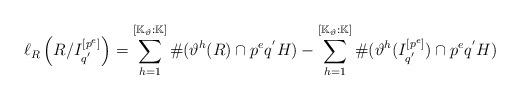
LaTeX: \begin{align*}\ell_{R}\left(R/{I_{q^{'}}^{[p^{e}]}}\right)=\sum_{h=1}^{[\mathbb{K}_{\vartheta}: \mathbb{K}]} \# (\vartheta^{h}(R) \cap p^{e}q^{'}H) - \sum_{h=1}^{[\mathbb{K}_{\vartheta}: \mathbb{K}]} \# (\vartheta^{h}(I_{q^{'}}^{[p^{e}]}) \cap p^{e}q^{'}H)\end{align*}